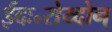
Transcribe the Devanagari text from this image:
ईदः॰रोय्दोन्